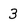
Character: 3